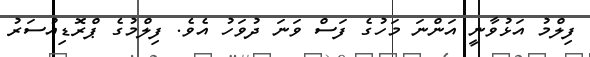
ފިލްމު އަޅުވާނީ އަންނަ މަހުގެ ފަސް ވަނަ ދުވަހު އެވެ. ފިލްމުގެ ޕްރޮޑިއުސަރު